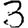
Digit: 3